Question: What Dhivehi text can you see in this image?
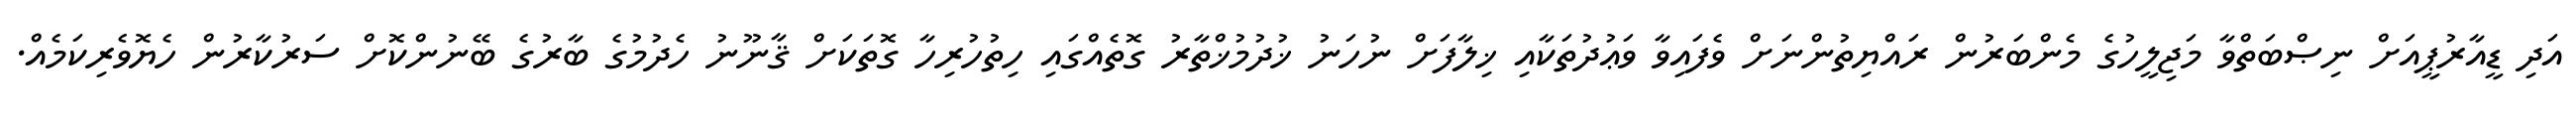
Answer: އަދި ޑީއާރުޕީއަށް ނިޞްބަތްވާ މަޖިލީހުގެ މެންބަރުން ރައްޔިތުންނަށް ވެފައިވާ ވަޢުދުތަކާއި ޚިލާފަށް ނުހަނު ޚުދުމުޚްތާރު ގޮތެއްގައި ހިތުހުރިހާ ގޮތަކަށް ޤާނޫނު ހެދުމުގެ ބާރުގެ ބޭނުންކޮށް ސަރުކާރުން ހެޔޮވެރިކަމެއް.